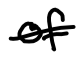
Text: of
Cross-out: single-line
Writing tool: digital_black